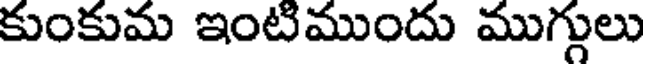
కుంకుమ ఇంటిముందు ముగ్గులు